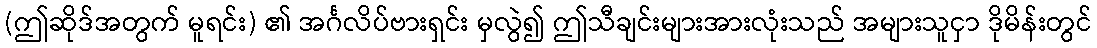
(ဤဆိုဒ်အတွက် မူရင်း) ၏ အင်္ဂလိပ်ဗားရှင်း မှလွဲ၍ ဤသီချင်းများအားလုံးသည် အများသူငှာ ဒိုမိန်းတွင်